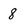
Character: 8